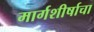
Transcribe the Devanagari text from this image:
मार्गशीर्षाचा